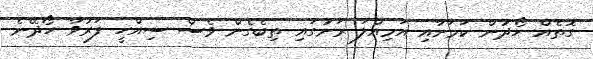
ގޮތެއް ހޯދުން ކަމަށާއި އަމިއްލަ ރަށުގައި ތިބެގެން ވެސް ސިއްހީ ފަރުވާ ހޯދޭނެ